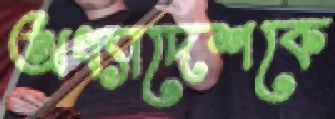
অধ্যাদেশকে